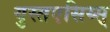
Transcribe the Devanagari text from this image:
युस्तएसिय्स्